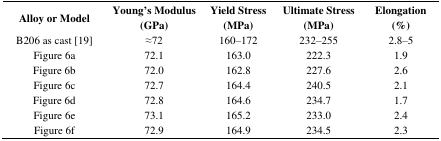
<table><thead><tr><td><b>Alloy or Model</b></td><td><b>Young’s Modulus (GPa)</b></td><td><b>Yield Stress (MPa)</b></td><td><b>Ultimate Stress (MPa)</b></td><td><b>Elongation (%)</b></td></tr></thead><tbody><tr><td>B206 as cast [19]</td><td>≈72</td><td>160–172</td><td>232–255</td><td>2.8–5</td></tr><tr><td>Figure 6a</td><td>72.1</td><td>163.0</td><td>222.3</td><td>1.9</td></tr><tr><td>Figure 6b</td><td>72.0</td><td>162.8</td><td>227.6</td><td>2.6</td></tr><tr><td>Figure 6c</td><td>72.7</td><td>164.4</td><td>240.5</td><td>2.1</td></tr><tr><td>Figure 6d</td><td>72.8</td><td>164.6</td><td>234.7</td><td>1.7</td></tr><tr><td>Figure 6e</td><td>73.1</td><td>165.2</td><td>233.0</td><td>2.4</td></tr><tr><td>Figure 6f</td><td>72.9</td><td>164.9</td><td>234.5</td><td>2.3</td></tr></tbody></table>